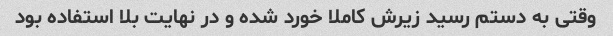
وقتی به دستم رسید زیرش کاملا خورد شده و در نهایت بلا استفاده بود